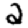
Digit: 2